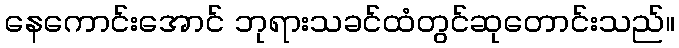
နေကောင်းအောင် ဘုရားသခင်ထံတွင်ဆုတောင်းသည်။